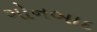
ગોનબાદ